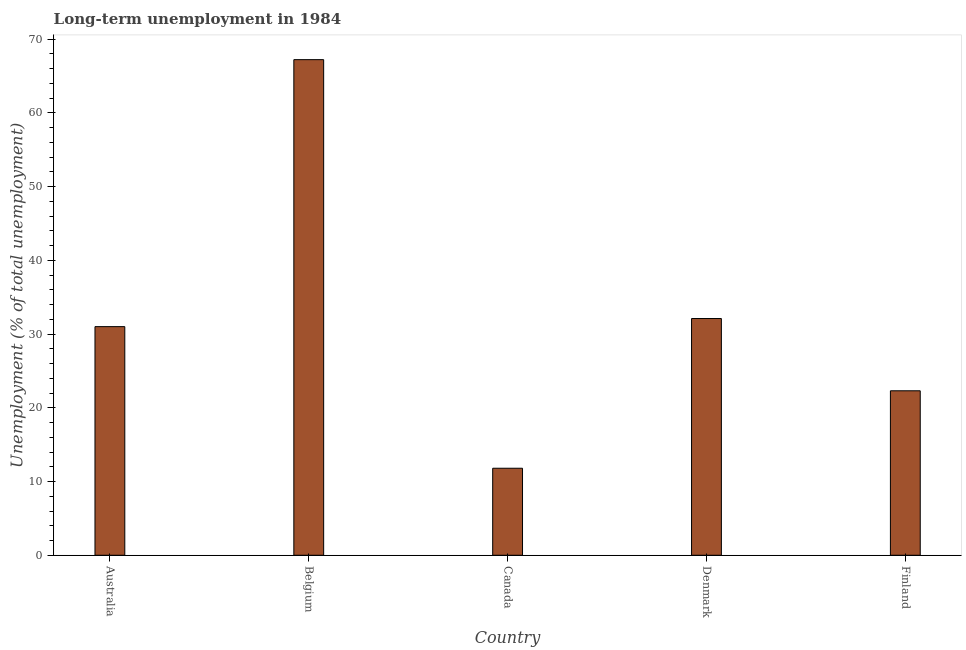
| Country | Long-term unemployment  |
 | --- | --- |
 | Australia | 31 |
 | Belgium | 67.2 |
 | Canada | 11.8 |
 | Denmark | 32.1 |
 | Finland | 22.3 |